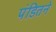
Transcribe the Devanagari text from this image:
पंडितने